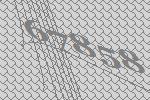
67858